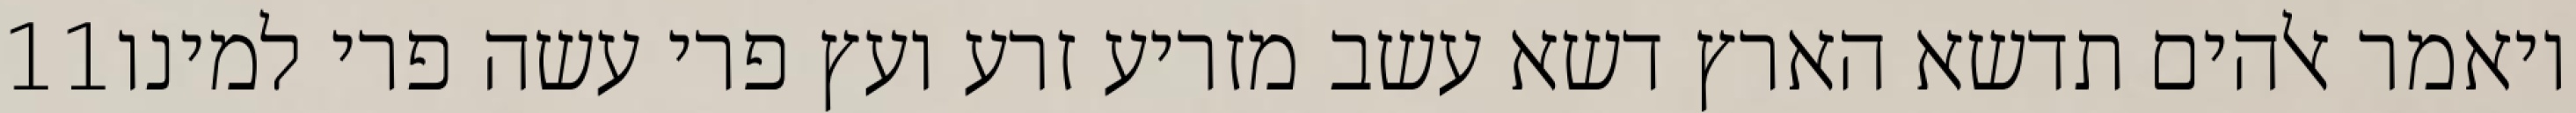
‎11‏ ויאמר אלהים תדשא הארץ דשא עשב מזריע זרע ועץ פרי עשה פרי למינו